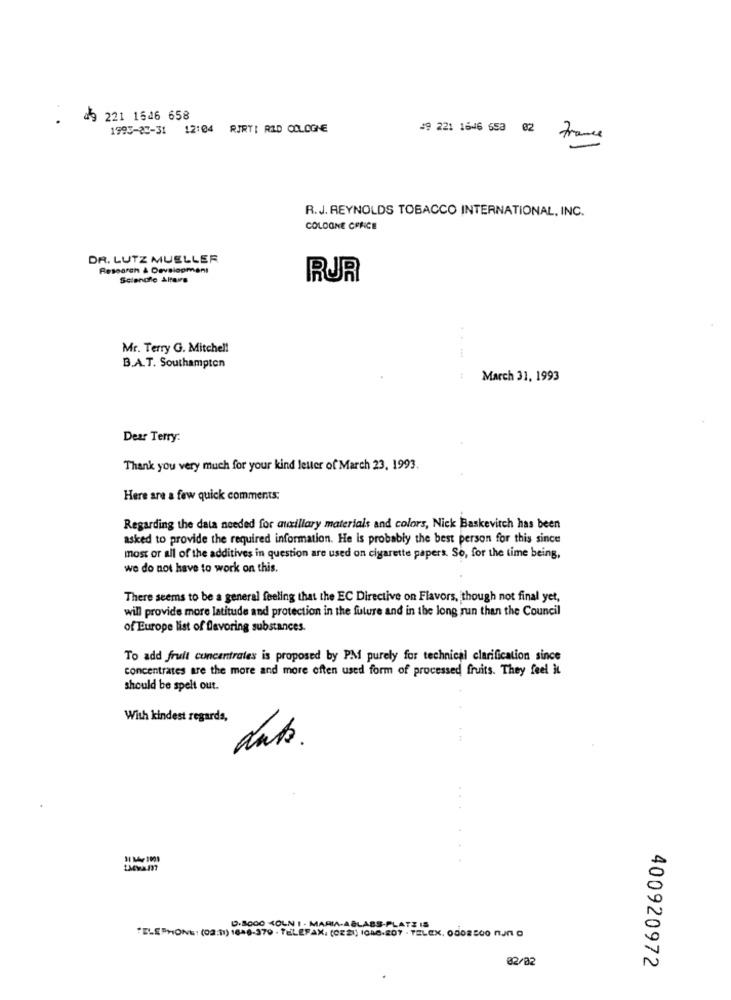
49 221 1546 658
1993-22-31 12:04 RIRTI RID COLOGNE
49 221 1646 653 02 France
R.J. REYNOLDS TOBACCO INTERNATIONAL, INC.
COLOGNE CRNICE
DR. LUTZ MUELLER
Research & Development
Scianole Altars
RUR
Mr. Terry G. Mitchel!
B.A.T. Southampton
March 31, 1993
Dear Terry:
Thank you very much for your kind letter of March 23, 1993.
Here are a few quick comments;
Regarding the data needed for auxillary materials and colors, Nick Baskevitch has been
asked to provide the required information. He is probably the best person for this since
most or all of the additives in question are used on cigarette papers. So, for the time being,
we do not have to work on this.
There seems to be a general feeling that the EC Directive on Flavors, though not final yet,
will provide more latitude and protection in the future and in the long run than the Council
of Europe list of flavoring substances.
To add fruit concentrates is proposed by PM purely for technical clarification since
concentrates are the more and more often used form of processed fruits. They feel It
should be spelt out.
With kindest regards,
dubs.
D.SOOO KOLN I . MARIA-ABLABS-PLATZ IS
TELEPHONE: (02:11) 1646-370 - TELEFAX. (CEE) IGMG-201 . TELEX, 0002500 nun O
02/02
400920972